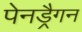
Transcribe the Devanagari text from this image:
पेनड्रैगन